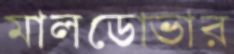
মালডোভার